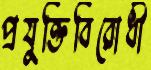
প্রযুক্তিবিরোধী